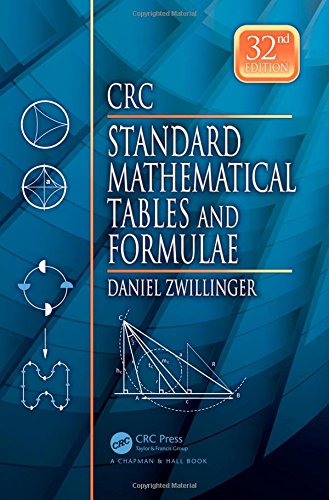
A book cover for CRC Standard Mathematical Tables and Formulae, 32nd Edition (Discrete Mathematics and Its Applications); Science & Math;